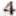
4